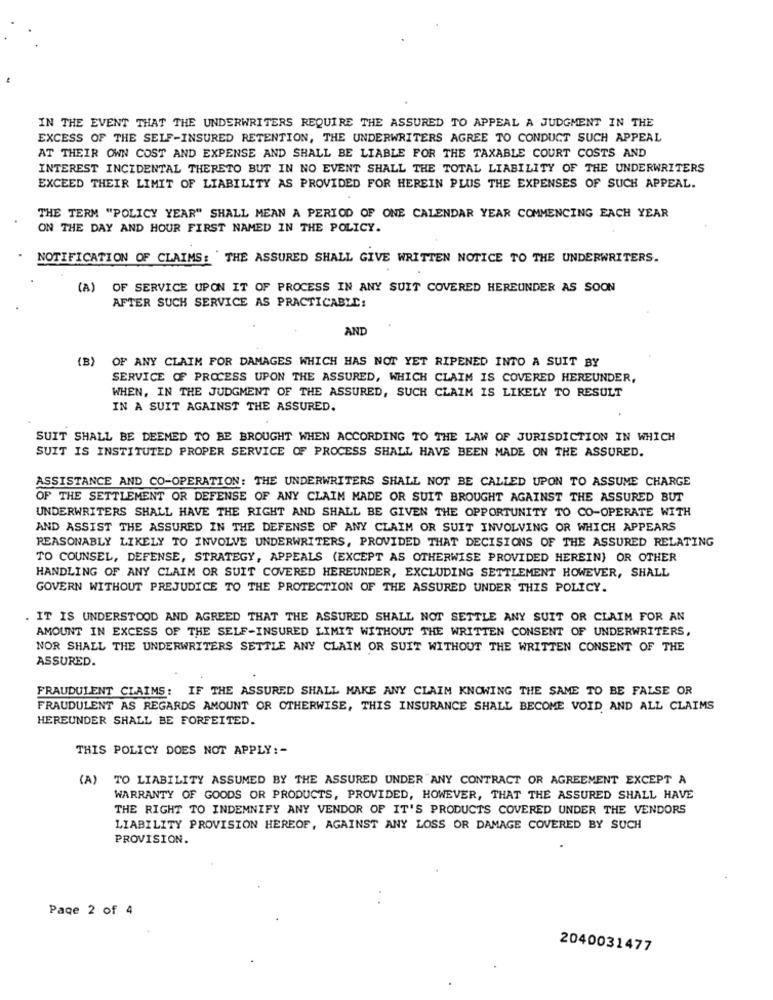
IN THE EVENT THAT THE UNDERWRITERS REQUIRE THE ASSURED TO APPEAL A JUDGMENT IN THE
EXCESS OF THE SELF-INSURED RETENTION, THE UNDERWRITERS AGREE TO CONDUCT SUCH APPEAL
AT THEIR OWN COST AND EXPENSE AND SHALL BE LIABLE FOR THE TAXABLE COURT COSTS AND
INTEREST INCIDENTAL THERETO BUT IN NO EVENT SHALL THE TOTAL LIABILITY OF THE UNDERWRITERS
EXCEED THEIR LIMIT OF LIABILITY AS PROVIDED FOR HEREIN PLUS THE EXPENSES OF SUCH APPEAL.
THE TERM "POLICY YEAR" SHALL MEAN A PERIOD OF ONE CALENDAR YEAR COMMENCING EACH YEAR
ON THE DAY AND HOUR FIRST NAMED IN THE POLICY.
NOTIFICATION OF CLAIMS: THE ASSURED SHALL GIVE WRITTEN NOTICE TO THE UNDERWRITERS.
(A)
OF SERVICE UPON IT OF PROCESS IN ANY SUIT COVERED HEREUNDER AS SOON
AFTER SUCH SERVICE AS PRACTICABIC:
AND
(B)
OF ANY CLAIM FOR DAMAGES WHICH HAS NOT YET RIPENED INTO A SUIT BY
SERVICE OF PROCESS UPON THE ASSURED, WHICH CLAIM IS COVERED HEREUNDER,
WHEN, IN THE JUDGMENT OF THE ASSURED, SUCH CLAIM IS LIKELY TO RESULT
IN A SUIT AGAINST THE ASSURED.
SUIT SHALL BE DEEMED TO BE BROUGHT WHEN ACCORDING TO THE LAW OF JURISDICTION IN WHICH
SUIT IS INSTITUTED PROPER SERVICE OF PROCESS SHALL HAVE BEEN MADE ON THE ASSURED.
ASSISTANCE AND CO-OPERATION: THE UNDERWRITERS SHALL NOT BE CALLED UPON TO ASSUME CHARGE
OF THE SETTLEMENT OR DEFENSE OF ANY CLAIM MADE OR SUIT BROUGHT AGAINST THE ASSURED BUT
UNDERWRITERS SHALL HAVE THE RIGHT AND SHALL BE GIVEN THE OPPORTUNITY TO CO-OPERATE WITH
AND ASSIST THE ASSURED IN THE DEFENSE OF ANY CLAIM OR SUIT INVOLVING OR WHICH APPEARS
REASONABLY LIKELY TO INVOLVE UNDERWRITERS, PROVIDED THAT DECISIONS OF THE ASSURED RELATING
TO COUNSEL, DEFENSE, STRATEGY, APPEALS (EXCEPT AS OTHERWISE PROVIDED HEREIN) OR OTHER
HANDLING OF ANY CLAIM OR SUIT COVERED HEREUNDER, EXCLUDING SETTLEMENT HOWEVER, SHALL
GOVERN WITHOUT PREJUDICE TO THE PROTECTION OF THE ASSURED UNDER THIS POLICY.
IT IS UNDERSTOOD AND AGREED THAT THE ASSURED SHALL NOT SETTLE ANY SUIT OR CLAIM FOR AN
AMOUNT IN EXCESS OF THE SELF-INSURED LIMIT WITHOUT THE WRITTEN CONSENT OF UNDERWRITERS,
NOR SHALL THE UNDERWRITERS SETTLE ANY CLAIM OR SUIT WITHOUT THE WRITTEN CONSENT OF THE
ASSURED.
FRAUDULENT CLAIMS: IF THE ASSURED SHALL MAKE ANY CLAIM KNOWING THE SAME TO BE FALSE OR
FRAUDULENT AS REGARDS AMOUNT OR OTHERWISE, THIS INSURANCE SHALL BECOME VOID AND ALL CLAIMS
HEREUNDER SHALL BE FORFEITED.
THIS POLICY DOES NOT APPLY :-
(A) TO LIABILITY ASSUMED BY THE ASSURED UNDER ANY CONTRACT OR AGREEMENT EXCEPT A
WARRANTY OF GOODS OR PRODUCTS, PROVIDED, HOWEVER, THAT THE ASSURED SHALL HAVE
THE RIGHT TO INDEMNIFY ANY VENDOR OF IT'S PRODUCTS COVERED UNDER THE VENDORS
LIABILITY PROVISION HEREOF, AGAINST ANY LOSS OR DAMAGE COVERED BY SUCH
PROVISION.
Page 2 of 4
2040031477